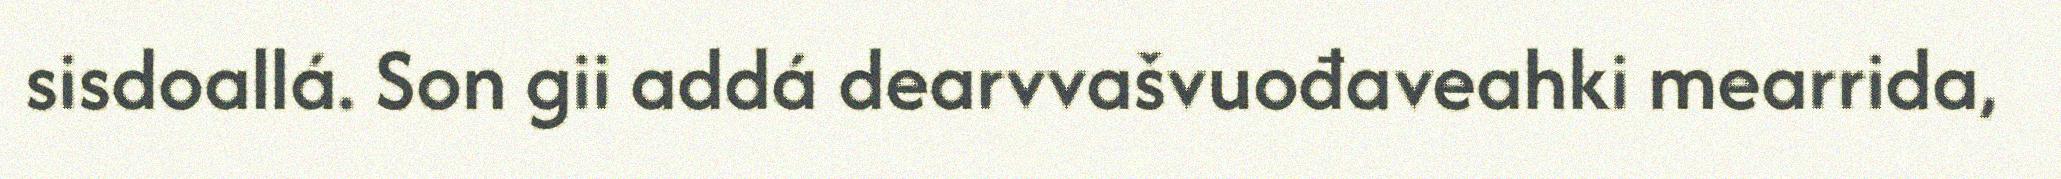
sisdoallá. Son gii addá dearvvašvuođaveahki mearrida,